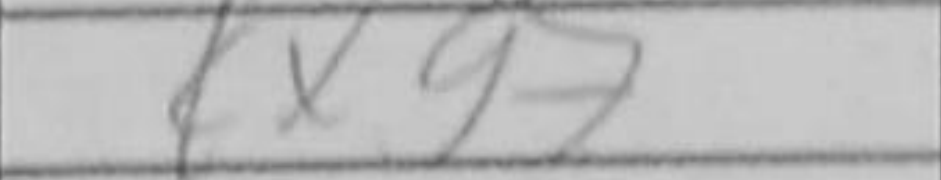
Transcription: Kxg7